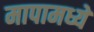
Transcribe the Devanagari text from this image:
मापामध्ये